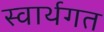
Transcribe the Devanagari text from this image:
स्वार्थगत